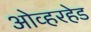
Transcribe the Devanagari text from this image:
ओव्हरहेड